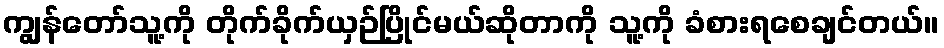
ကျွန်တော်သူ့ကို တိုက်ခိုက်ယှဉ်ပြိုင်မယ်ဆိုတာကို သူ့ကို ခံစားရစေချင်တယ်။